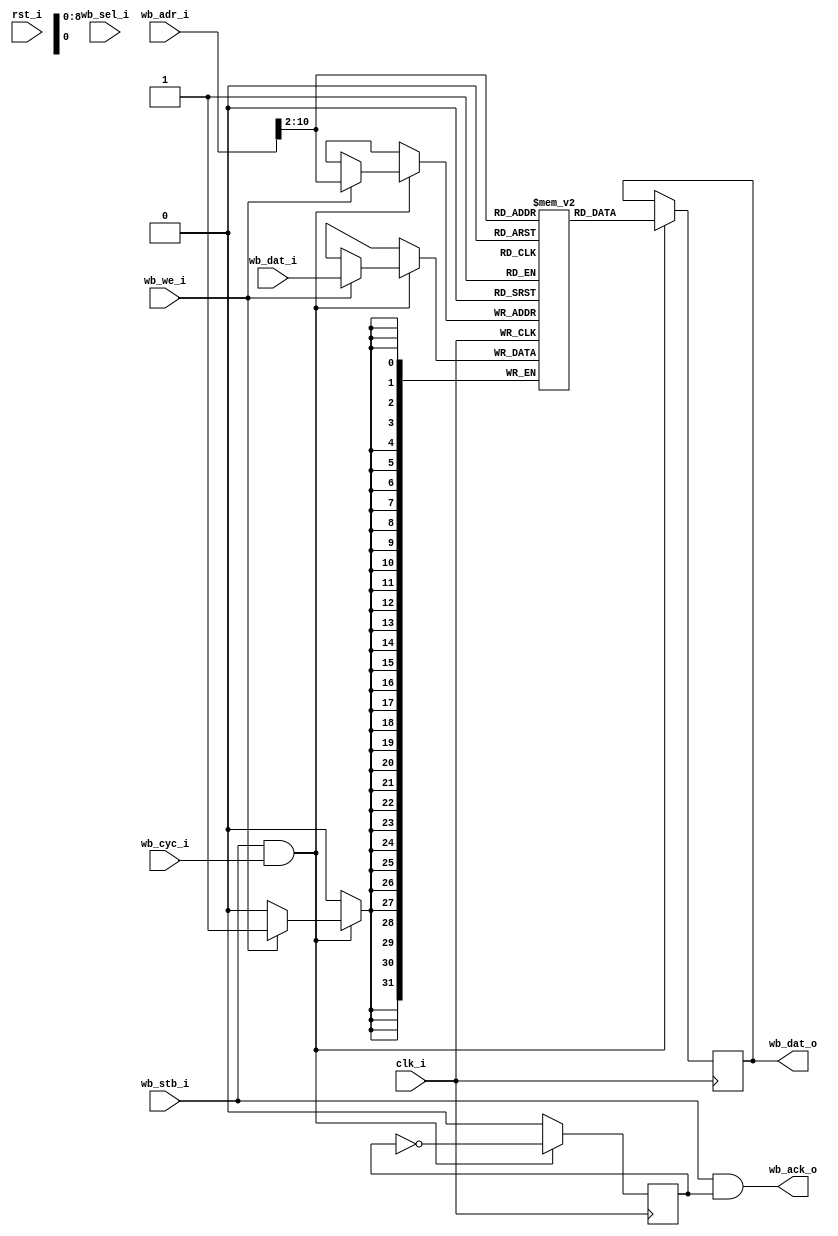
//-----------------------------------------------------------------
// Wishbone BlockRAM
//-----------------------------------------------------------------

module wb_bram #(
	parameter mem_file_name = "none",
	parameter adr_width = 11
) (
	input             clk_i, 
	input             rst_i,
	//
	input             wb_stb_i,
	input             wb_cyc_i,
	input             wb_we_i,
	output            wb_ack_o,
	input      [31:0] wb_adr_i,
	output reg [31:0] wb_dat_o,
	input      [31:0] wb_dat_i,
	input      [ 3:0] wb_sel_i
);

//-----------------------------------------------------------------
// Storage depth in 32 bit words
//-----------------------------------------------------------------
parameter word_width = adr_width - 2;
parameter word_depth = (1 << word_width);

//-----------------------------------------------------------------
// 
//-----------------------------------------------------------------
reg            [31:0] ram [0:word_depth-1];    // actual RAM
reg                   ack;
wire [word_width-1:0] adr;


assign adr        = wb_adr_i[adr_width-1:2];      // 
assign wb_ack_o   = wb_stb_i & ack;

always @(posedge clk_i)
begin
	if (wb_stb_i && wb_cyc_i) 
	begin
		if (wb_we_i) 
			ram[ adr ] <= wb_dat_i;

		wb_dat_o <= ram[ adr ];
		ack <= ~ack;
	end else
		ack <= 0;
    
end

initial 
begin
	if (mem_file_name != "none")
	begin
		$readmemh(mem_file_name, ram);
	end
end

endmodule